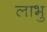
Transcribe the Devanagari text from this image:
लाभु